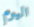
اليوم